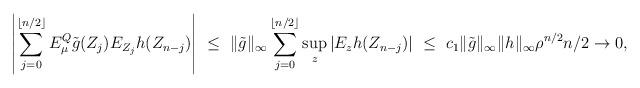
LaTeX: \begin{align*}\left|\sum_{j=0}^{\lfloor n/2 \rfloor } E_{\mu}^Q \tilde g (Z_j) E_{Z_j} h (Z_{n-j}) \right| \ \le \ \|\tilde g\|_\infty \sum_{j=0}^{\lfloor n/2 \rfloor } \sup_{z} |E_{z} h (Z_{n-j}) | \ \le \ c_1\|\tilde g\|_\infty \|h\|_\infty \rho^{n/2} n/2\to 0,\end{align*}